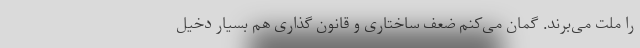
را ملت می‌برند. گمان می‌کنم ضعف ساختاری و قانون گذاری هم بسیار دخیل